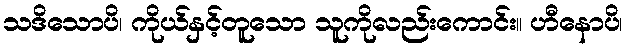
သဒိသောပိ၊ ကိုယ်နှင့်တူသော သူကိုလည်းကောင်း။ ဟီနောပိ၊